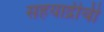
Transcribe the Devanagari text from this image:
सहयाद्रीची